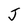
Character: J